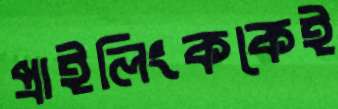
প্রাইলিংককেই